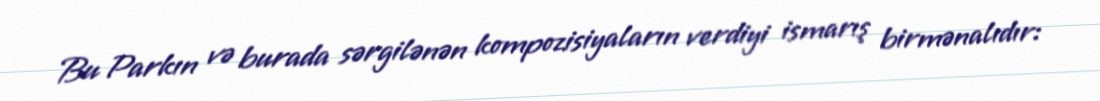
Bu Parkın və burada sərgilənən kompozisiyaların verdiyi ismarış birmənalıdır: